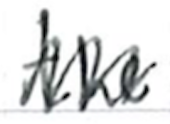
Text: the
Cross-out: zig-zag
Writing tool: ballpoint